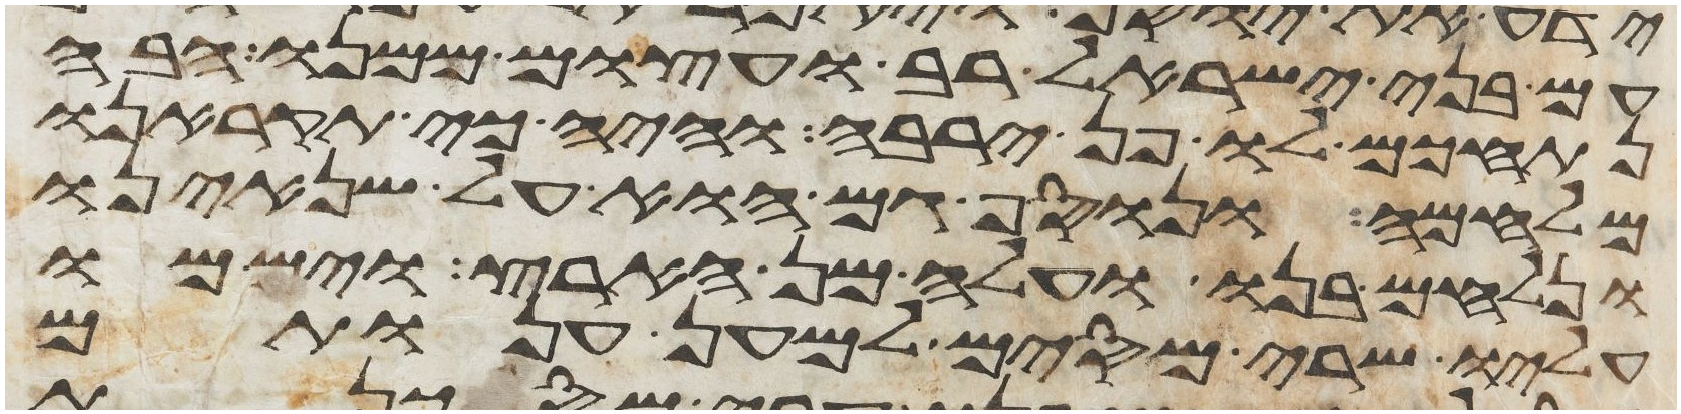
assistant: עם בני ישראל רב ועצום ממנו הבה
נתחכם לו פן ירבה והיה כי תקראנו
מלחמה ונוסף גם הוא על שנאינו
ונלחם בנו ועלה מן הארץ וישמו
עליו שרי מסים למען ענותם